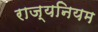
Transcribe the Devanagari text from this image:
राज्यनियम